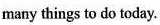
many things to do today.